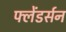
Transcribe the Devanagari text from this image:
फ्लेंडर्सन